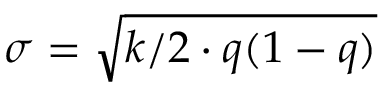
\sigma = \sqrt { k / 2 \cdot q ( 1 - q ) }